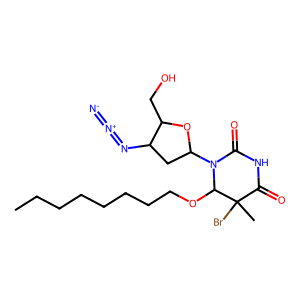
SMILES: CCCCCCCCOC1N(C2CC(N=[N+]=[N-])C(CO)O2)C(=O)NC(=O)C1(C)Br
Inhibits HIV replication: Yes